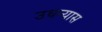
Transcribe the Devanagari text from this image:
उधन्यास